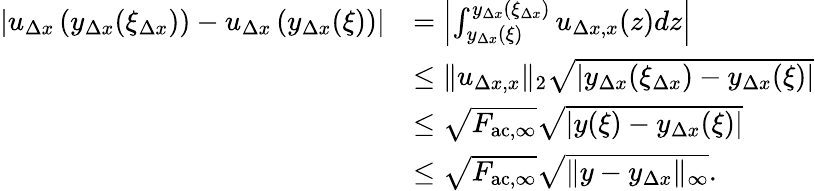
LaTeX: \begin{array}{rl}{\left|u_{\Delta x}\left(y_{\Delta x}(\xi_{\Delta x})\right)-u_{\Delta x}\left(y_{\Delta x}(\xi)\right)\right|}&{=\left|\int_{y_{\Delta x}(\xi)}^{y_{\Delta x}(\xi_{\Delta x})}u_{\Delta x,x}(z)dz\right|}\\ &{\leq\| u_{\Delta x,x}\| _{2}\sqrt{\left|y_{\Delta x}(\xi_{\Delta x})-y_{\Delta x}(\xi)\right|}}\\ &{\leq\sqrt{F_{\mathrm{ac},\infty}}\sqrt{\left|y(\xi)-y_{\Delta x}(\xi)\right|}}\\ &{\leq\sqrt{F_{\mathrm{ac},\infty}}\sqrt{\| y-y_{\Delta x}\| _{\infty}}.}\end{array}